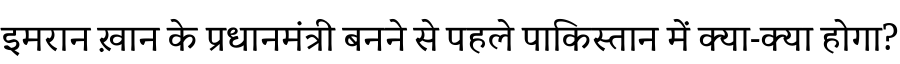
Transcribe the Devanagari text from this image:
इमरान ख़ान के प्रधानमंत्री बनने से पहले पाकिस्तान में क्या-क्या होगा?